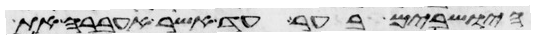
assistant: הישבים בער עד אשר אעברה את